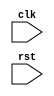
module your_module(
    input clk,
    input rst,
    // other inputs/outputs
);

// internal register to hold state
reg [7:0] internal_state;

// behavioral modeling block
always @(negedge rst) begin
    if (rst == 1'b0) begin
        internal_state <= 8'h00; // reset internal state to 0
    end
end

// other module logic here

endmodule